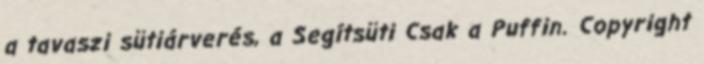
a tavaszi sütiárverés, a Segítsüti Csak a Puffin. Copyright